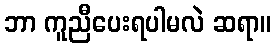
ဘာ ကူညီပေးရပါမလဲ ဆရာ။